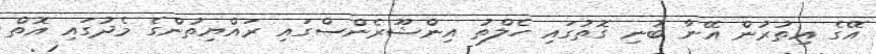
އޭގެ އިތުރުން އޭނާ ބުނި ގޮތުގައި ހެލްތު އިންޝޫރެންސްގައި ރައްޔިތުންގެ މެދުގައި އޮތް